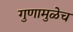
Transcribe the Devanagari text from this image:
गुणामुळेच